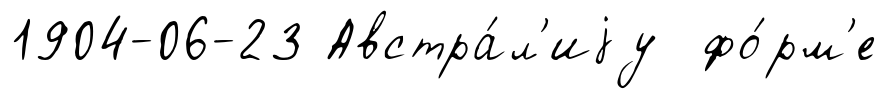
1904-06-23 Австра́л'иjу фо́рм'е